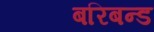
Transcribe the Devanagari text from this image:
बरिबन्ड